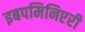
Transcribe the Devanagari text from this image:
इबपमिनिएरी